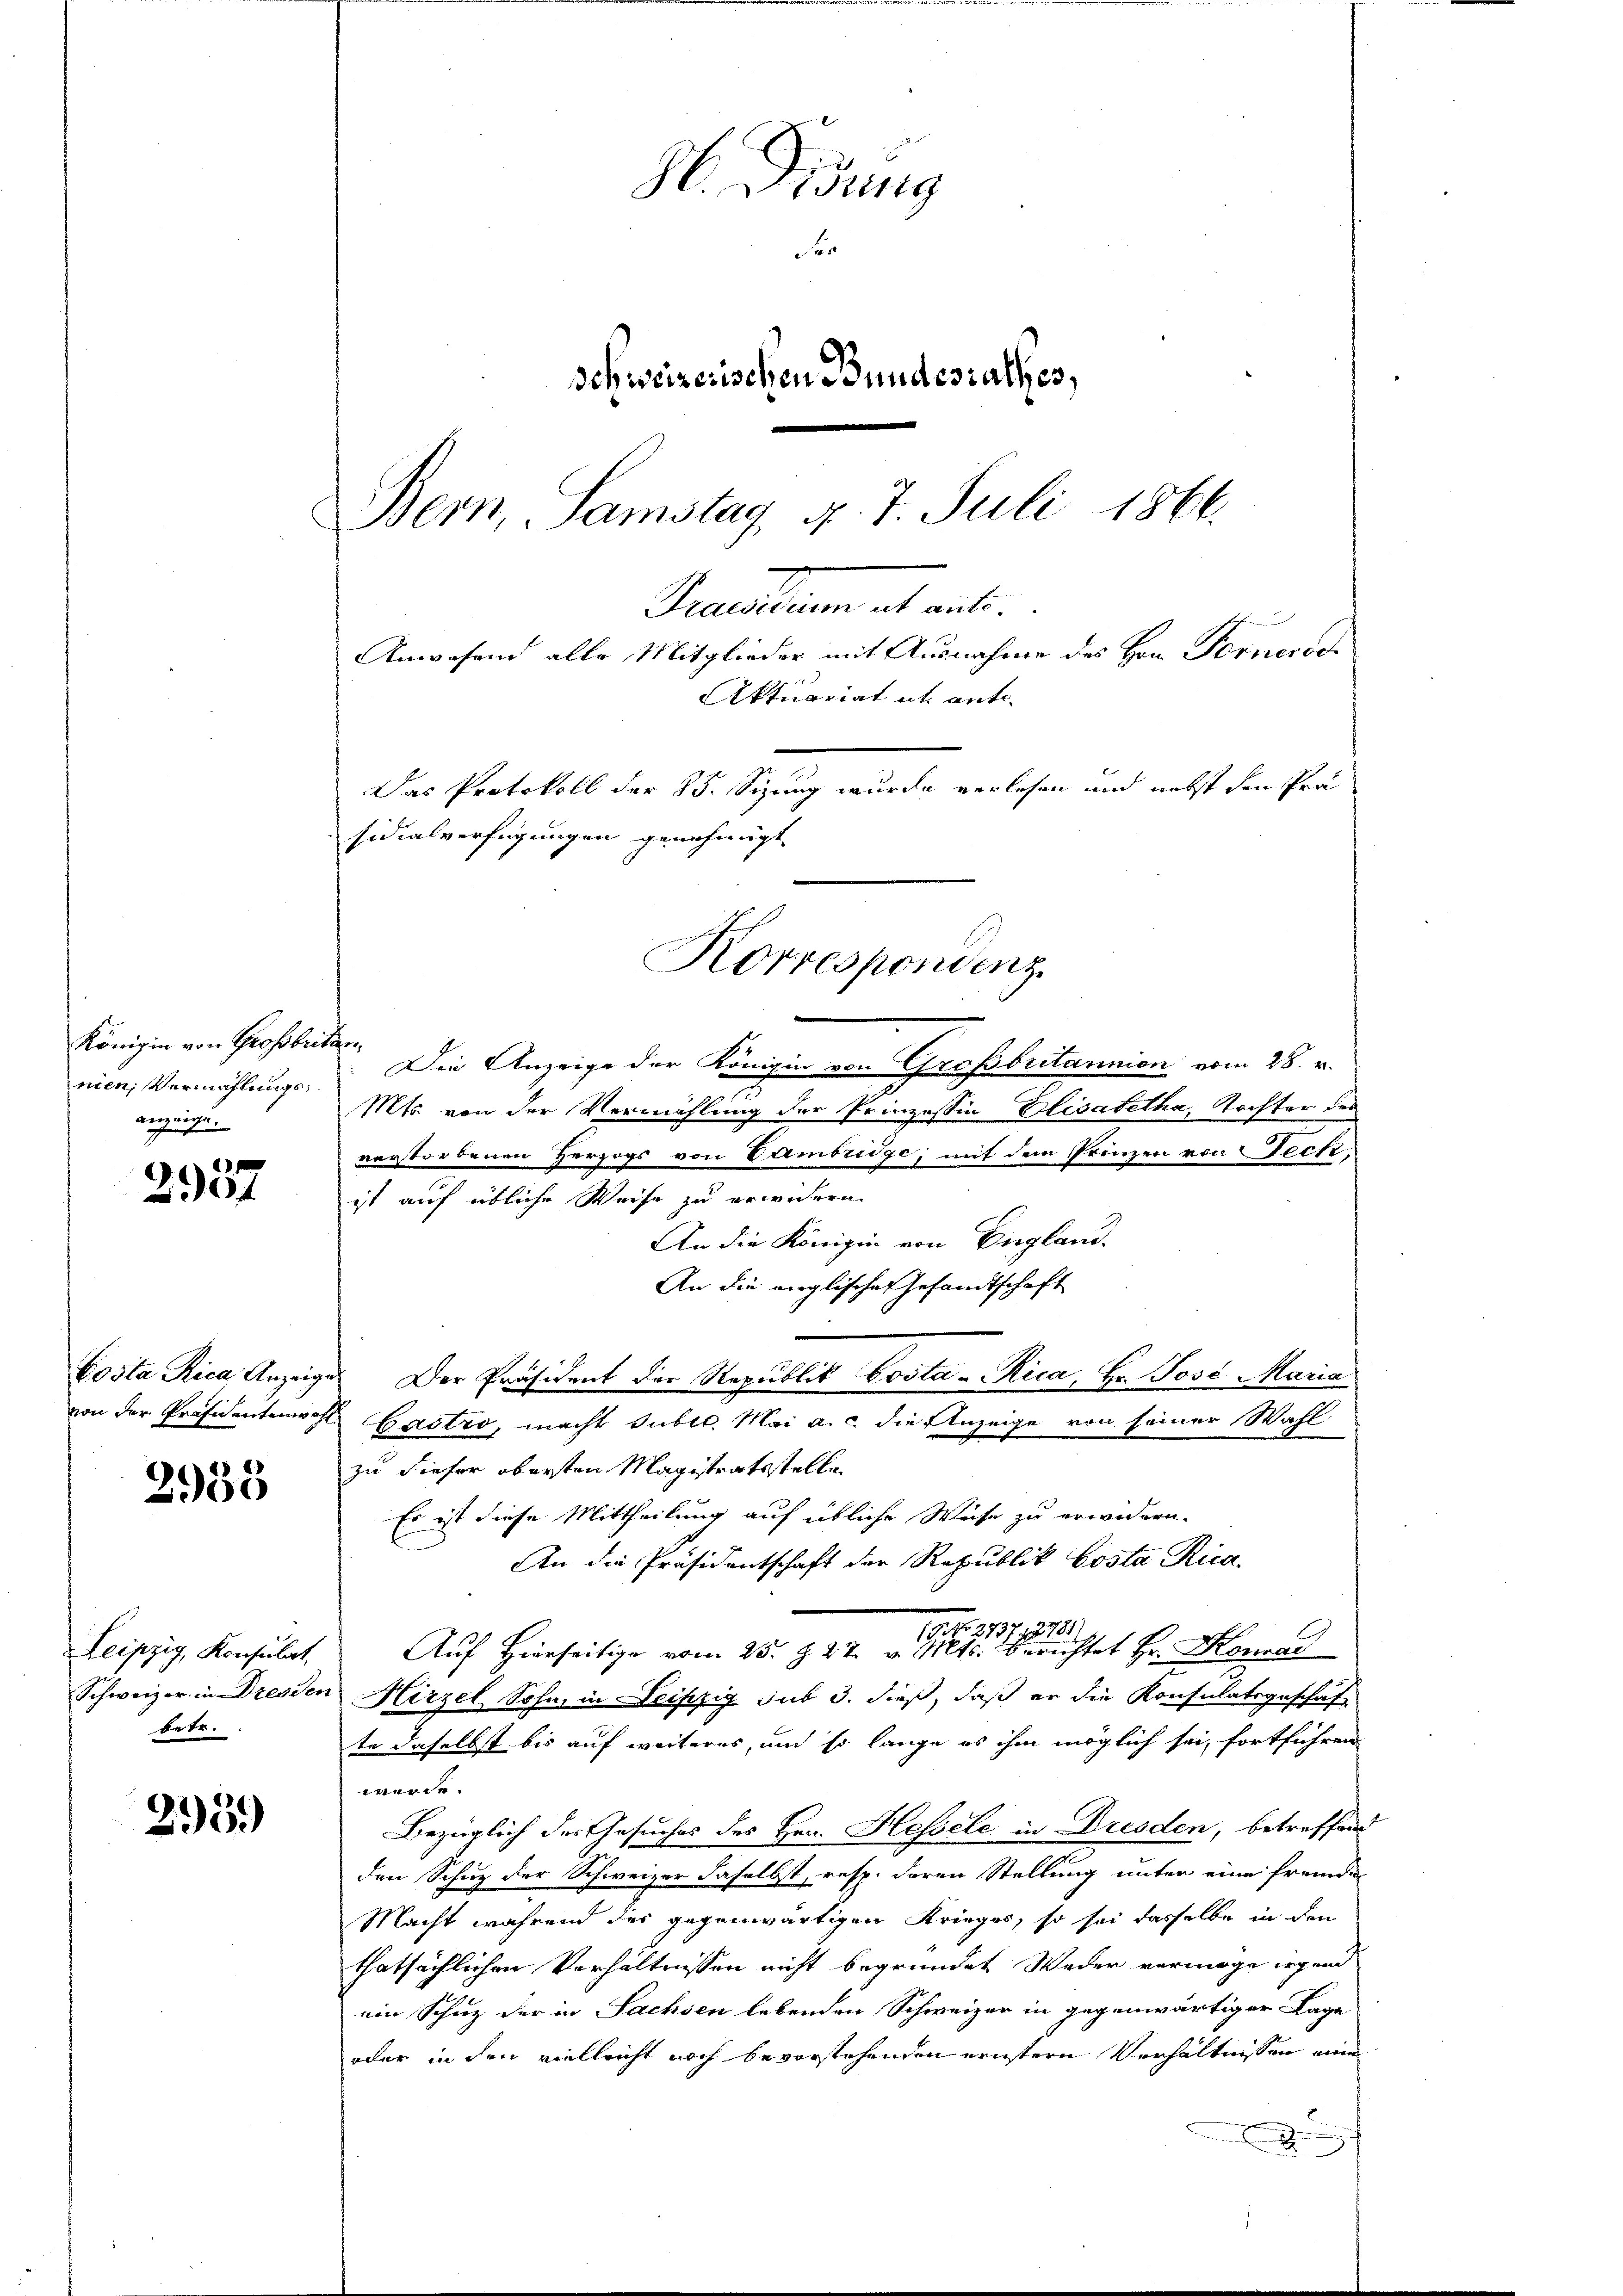
Königin von Großbritten,
nien, Vermählungsanzeigen.

2937

2958

Leipzig Konsulat,
betr.

295.

H. Fidung
r
dehweizerischen Bundesrathes,
Bern, Samstag, d. 7. Juli 1866.
Praesidium et ante.
Anwesend alle Mitglieder mit Ausnahme des Hrn. Fornerde
Aktuariat it ante.
Das Protokoll der 85. Sizung wurde verlesen und nebst den Prä
sidialverfügungen genehmigt.

Die Anzeige der Königin von Großbritannion vom 28. v.
Mts. von der Vermählung der Prinzessin Elisabetha, Tochter des
verstorbenen Herzogs von Cambridge, mit dem Prinzen von Feck;
ist auf übliche Weise zu erwidern.
An die Königin von England.
An die moglischen Gesandtschaft
Costa Rica, Anzeiges Der Präsident der Republik Costa-Rica, Hr. Josi Maria
von der Präsidentenwohl. Castro, macht Subll. Mai a. c. die Anzeige von seiner Wahl
zu Liefer obersten Magistratsstelle
Es ist diese Mittheilung auf übliche Weise zu erwidern.
An die Präsidentschaft der Republik Costa Rica,
737. 1878
Auf Hierseitige vom 25. d. 27. v. Mts. berichtet Hr. Konrad
Schweizer in Dresden Hirzel Sohn, in Neiszig sub 3. dieß, daß er die Konsulatsgeschaf
te daselbst bis auf weiteres, und so lange es ihm möglich sei, fortführen
werde.
Bezüglich des Gesuches des Hrn. Hessele in Dresden, betreffend
den Schuz der Schweizer daselbst, resp. deren Stellung unter eine fremden
Macht während des gegenwärtigen Krieges, so sei dasselbe in den
thatsächlichen Verhältnissen nicht begründet Weder vermöge irgend
ein Schuz der in Sachsen lebenden Schweizer in gegenwärtiger Lage
oder in den vielleicht noch bevorstehenden ernstern Verhältnissen ein

Korrespondenz.